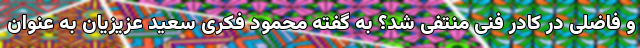
و فاضلی در کادر فنی منتفی شد؟ به گفته محمود فکری سعید عزیزیان به عنوان